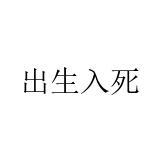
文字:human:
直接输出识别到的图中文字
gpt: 出生入死